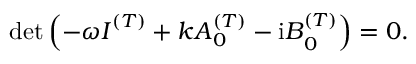
\begin{array} { r } { \mathrm { d e t } \left( - \omega \boldsymbol { I } ^ { ( T ) } + k \boldsymbol { A } _ { 0 } ^ { ( T ) } - { \mathrm { i } } \boldsymbol { B } _ { 0 } ^ { ( T ) } \right) = 0 . } \end{array}